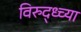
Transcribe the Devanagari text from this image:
विरुद्ध्च्या